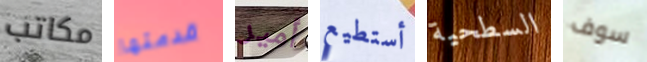
مكاتب قدمتها أمير أستطيع السطحية سوف